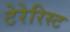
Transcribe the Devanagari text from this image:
टेरेरिस्ट